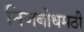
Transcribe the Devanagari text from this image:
निजबोधमठी